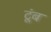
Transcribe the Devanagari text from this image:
टूंब